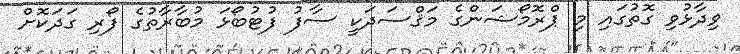
ވިދާޅުވި ގޮތުގައި މި ޕްރޮމޯޝަންގެ މަޤްސަދަކީ ސާފު ފުޓުބޯޅަ މުބާރާތުގެ ފޯރި ގަދަކޮށް